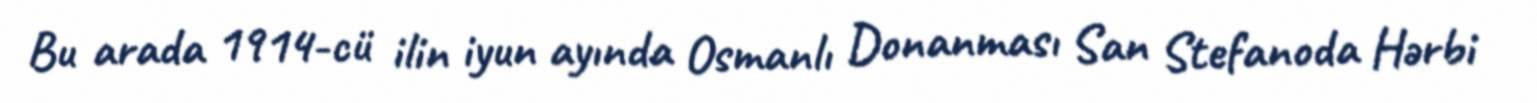
Bu arada 1914-cü ilin iyun ayında Osmanlı Donanması San Stefanoda Hərbi